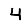
Digit: 4